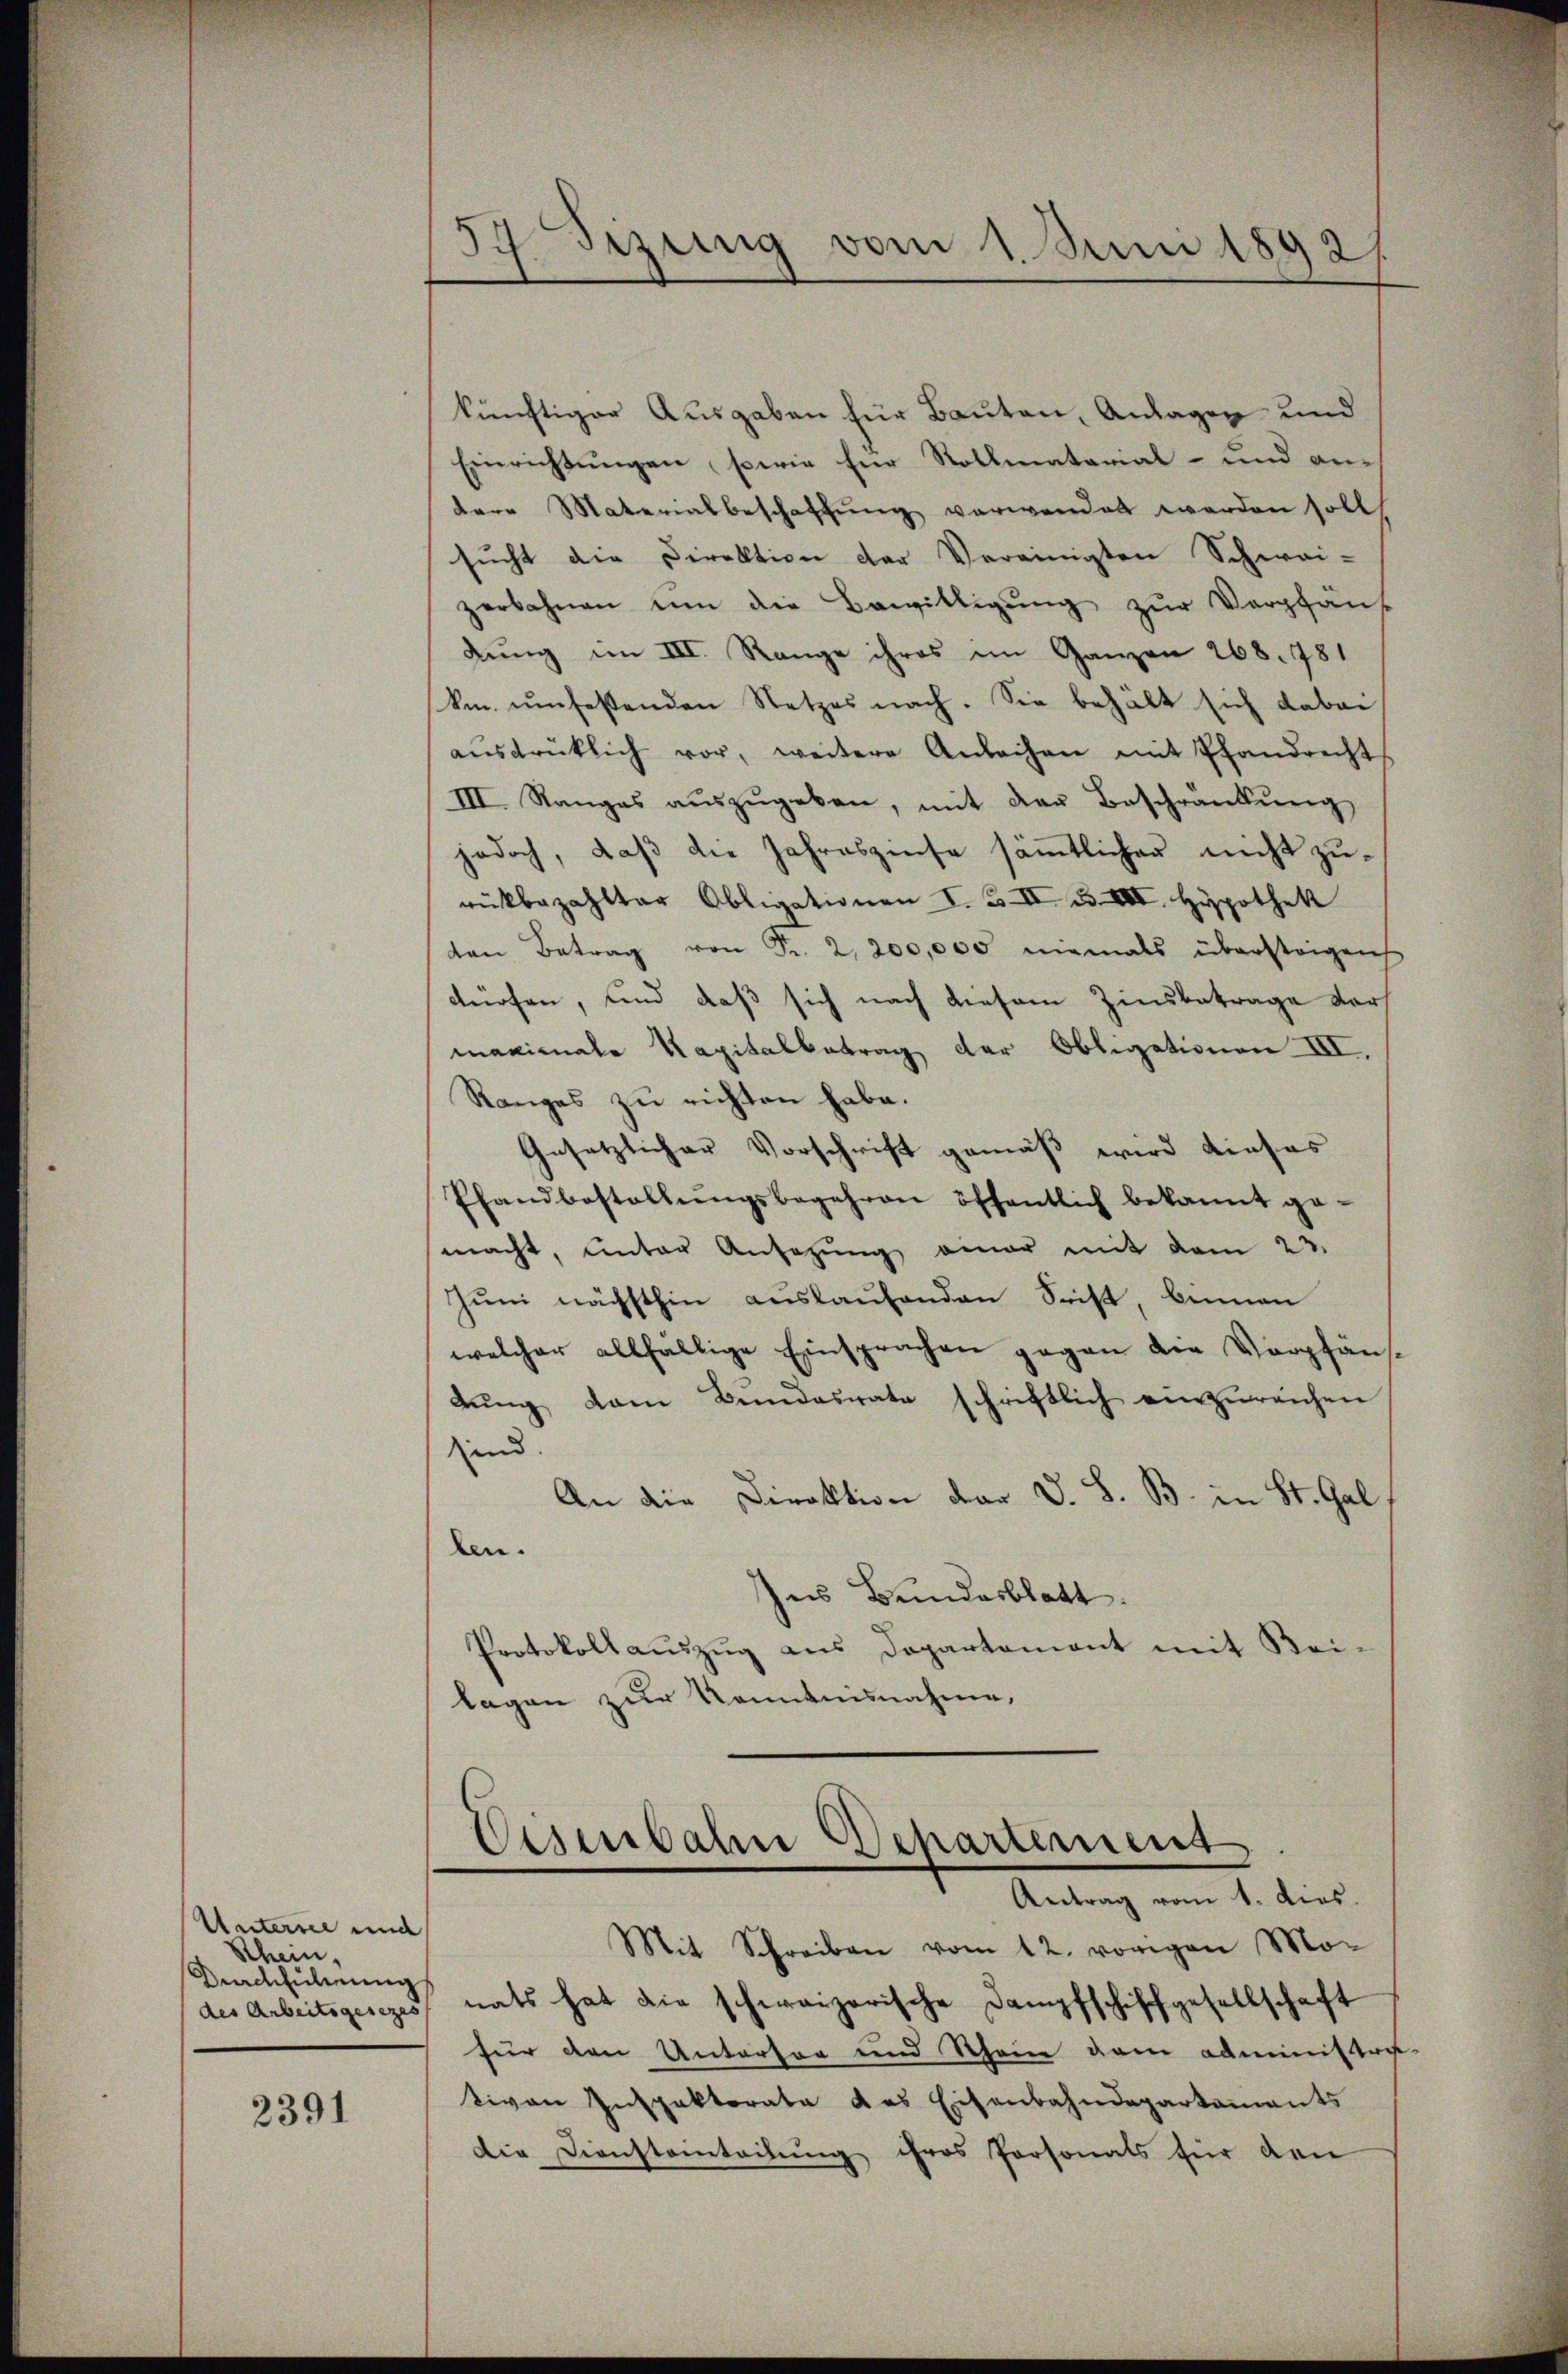
Untersee und
Rhein,
Durchführung
des Arbeitsgesezes

2391

54 Fizung vom 1. Juni 1892/

künftiger Ausgaben für Bauten, Anlagen und
Einrichtungen, sowie für Rollmatorial- und andere Materialbeschaffung verwendet werden soll
sucht die Direktion der Vereinigten Schwai-
zerbahnen um die Bewilligŭng zŭr Verpfäŭf
dung im III. Range ihres im Ganzen 268. 781
km umfestenden Netzes nach. Sie behält sich dabei
aŭsdrüklich vor, weitere Anleihen mit Pfandrecht
III. Ranges aŭszŭgeben, mit der Beschränkung
jedoch, daß die Jahreszinse sämmtlicher nicht zurückbezahlter Obligationen I. B. II 33. III. Hypothek
ven Betrag von Fr. 2, 200,000 niemals übersteigen
dürfen, und daß sich nach diesem Zinsbetrage der
manienale Kapitalbetrag der Obligationen III.
Ranges zu richten habe.
Gesetzlicher Vorschrift gemäß wird dieses
Pfandbestellŭngsbegehren öffentlich bekannt ge-
macht, unter Ansezŭng einer mit dem 22.
Juni nächsthin auslaufenden Seist binnen
welcher allfällige Einsprachen gegen die Vorpfän-
dŭng dem Bŭndesrate schriftlich einzŭreichen
sind.
An die Direktion der V. S. B. in St. Gal
len.
hes Bundesblatt.
Protokollauszug aus Departement mit Bei-
lagen zur Kenntnisnahme,

Eisenbahn Departement
Antrag vom 1. dies

Mit Schreiben vom 12. vorigen Mo-
nats hat die schweizerische Dampfschiffgesellschaft
für den Untertor und Rhein dem administra-
tiven Inspektorate das Eisenbahndepartements
Die Dienstanteilung ihres Personals für den